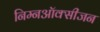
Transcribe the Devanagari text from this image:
निम्नऑक्सीजन